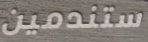
ستندمين